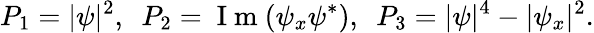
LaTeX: P_{1}={|\psi|^{2}},\ \ P_{2}=\mathrm{~I~m~}(\psi_{x}\psi^{*}),\ \ P_{3}=|\psi|^{4}-|\psi_{x}|^{2}.